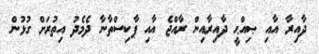
ދާއިރާ އާއި ޞިއްޙީ ދާއިރާއިން ރާއްޖެ އާއި ޕާކިސްތާނާ ދެމެދު އިތުރަށް ގުޅުން